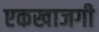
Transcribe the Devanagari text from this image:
एकखाजगी